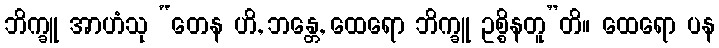
ဘိက္ခူ အာဟံသု “တေန ဟိ, ဘန္တေ, ထေရော ဘိက္ခူ ဥစ္စိနတူ”တိ။ ထေရော ပန